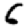
Digit: 6